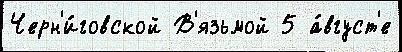
Черн'и́говской В'язьмой 5 а́вгуст'е